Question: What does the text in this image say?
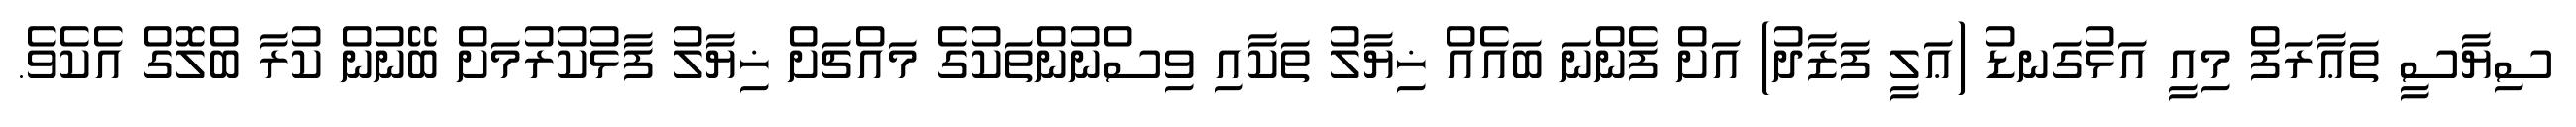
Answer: ސިޔާސީ ތަޢާރަފް މިއީ އަޅުގަނޑު (ޢަލީ ފަޒާދު) އަށް ފެންނަ ބައެއް ޚިޔާލު ތަކާއި ވިސްނުންތަކުގެ މައްޗަށް ޚިޔާލު ފާޅުކުރުމަށް ބޭނުން ކުރާ ބްލޮގް އެކެވެ.